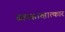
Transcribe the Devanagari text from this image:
ब्रह्मसाक्षात्कार